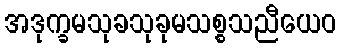
အဒုက္ခမသုခသုခုမသစ္စသညီယေဝ